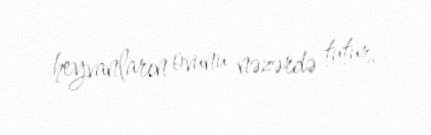
heyvanların ovunu nəzərdə tutur.